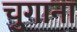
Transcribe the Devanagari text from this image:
चुगाना